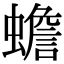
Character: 蟾